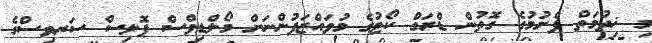
މި ޚިދުމަތް ފެށުމުގެ ގޮތުން ޑްރަގް ކޯޓުގެ މުވައްޒަފުންނަށް މޯލްޑިވްސް ޕޮލިސް ސަރވިސްގެ